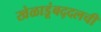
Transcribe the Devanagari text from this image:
खेळाडूंबद्दलची